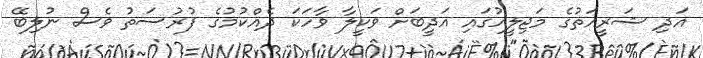
އަދި ޝަރީއަތުގެ މަޖިލީހުގައި އަދީބަށް ވަކީލާ ވާހަކަ ދެއްކުމުގެ ފުރުސަތު ވެސް ނުލިބޭ